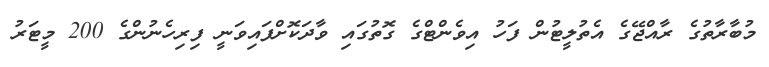
މުބާރާތުގެ ރާއްޖޭގެ އެތުލީޓުން ފަހު އިވެންޓްގެ ގޮތުގައި ވާދަކޮށްފައިވަނީ ފިރިހެނުންގެ 200 މީޓަރު